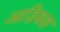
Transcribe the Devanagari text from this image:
आडिबक